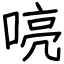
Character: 喨